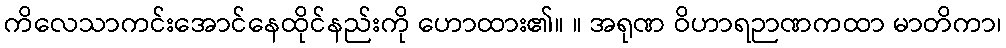
ကိလေသာကင်းအောင်နေထိုင်နည်းကို ဟောထား၏။ ။ အရုဏ ဝိဟာရဉာဏကထာ မာတိကာ၊